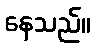
နေသည်။